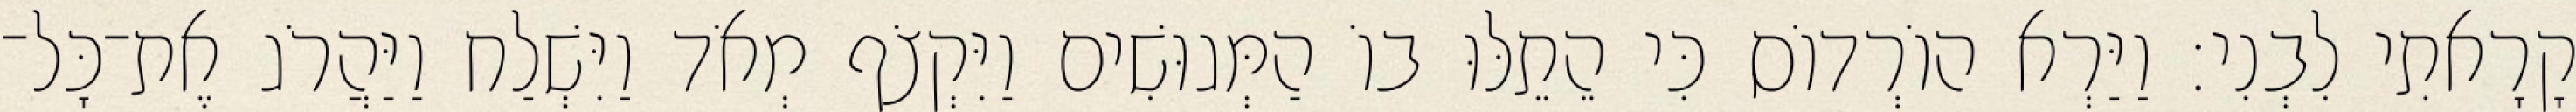
קָרָאתִי לִבְנִי׃ וַיַּרְא הוֹרְדוֹס כִּי הֵתֵלּוּ בוֹ הַמְּגוּשִׁים וַיִּקְצֹף מְאֹד וַיִּשְׁלַח וַיַּהֲרֹג אֶת־כָּל־